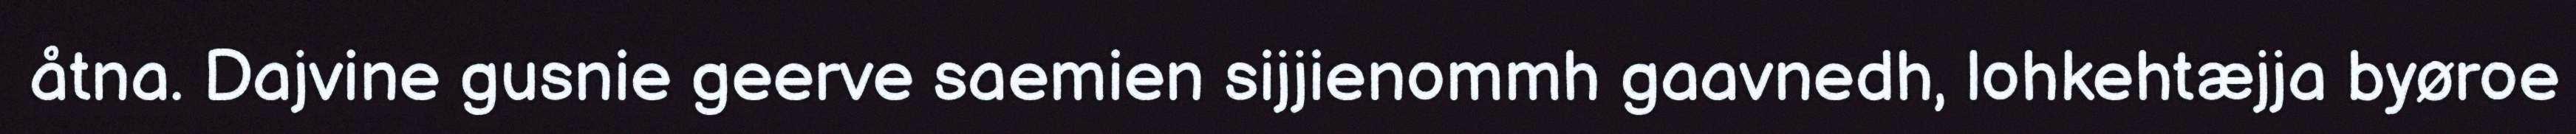
åtna. Dajvine gusnie geerve saemien sijjienommh gaavnedh, lohkehtæjja byøroe